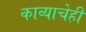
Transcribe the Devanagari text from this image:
काव्याचेही